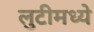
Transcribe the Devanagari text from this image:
लुटीमध्ये